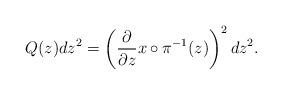
LaTeX: \begin{align*} Q(z)dz^2 = \left( \frac{\partial}{\partial z} x \circ \pi^{-1}(z) \right)^2 dz^2. \end{align*}